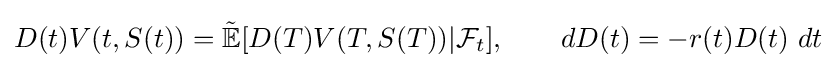
D(t)V(t,S(t))={\tilde {\mathbb {E} }}[D(T)V(T,S(T))|{\mathcal {F}}_{t}],\qquad dD(t)=-r(t)D(t)\ dt